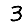
Digit: 3